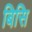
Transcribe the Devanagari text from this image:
बिसि